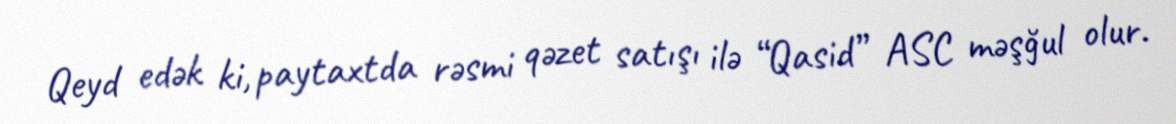
Qeyd edək ki, paytaxtda rəsmi qəzet satışı ilə “Qasid” ASC məşğul olur.